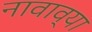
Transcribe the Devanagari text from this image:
नावाव्या